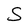
Character: S